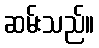
ဆမ်းသည်။